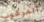
المرغوب